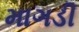
માગડી